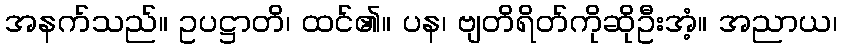
အနက်သည်။ ဥပဋ္ဌာတိ၊ ထင်၏။ ပန၊ ဗျတိရိတ်ကိုဆိုဦးအံ့။ အညာယ၊